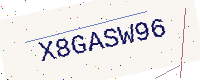
Text: X8GASW96